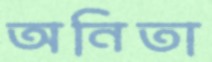
অনিতা